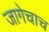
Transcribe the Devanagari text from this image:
जागेचाच